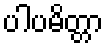
ပါပမိတ္တာ